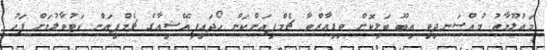
މައުލޫމާތު މުއްސަނދިވި އިބޫ ބަލިކޮށް ވިޑިއާރްތާ ޗެމްޕިއަންކަން ހޯދައިފިއޭޝިއާގެ ޗެމްޕިއަން ކަޓުވާލުމަށް ފަހު